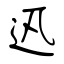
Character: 迅